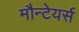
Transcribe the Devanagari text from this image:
मौन्टेयर्स